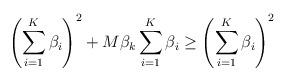
LaTeX: \begin{align*}\left(\sum_{i=1}^{K}\beta_{i}\right)^2+M\beta_{k}\sum_{i=1}^{K}\beta_{i} \geq \left(\sum_{i=1}^{K}\beta_{i}\right)^2\end{align*}